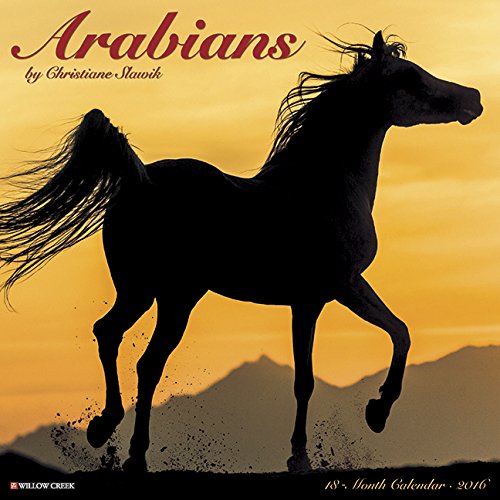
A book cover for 2016 Arabians Wall Calendar; Willow Creek Press; Calendars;